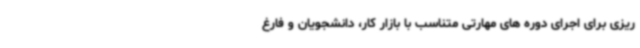
ریزی برای اجرای دوره های مهارتی متناسب با بازار کار، دانشجویان و فارغ